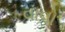
વાવો